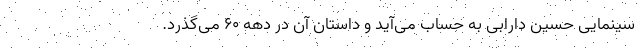
سینمایی حسین دارابی به حساب می‌آید و داستان آن در دهه ۶۰ می‌گذرد.